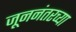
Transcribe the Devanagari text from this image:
जूननंतरच्या